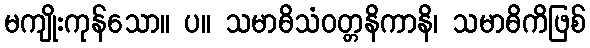
မကျိုးကုန်သော။ ပ။ သမာဓိသံဝတ္တနိကာနိ၊ သမာဓိကိဖြစ်